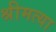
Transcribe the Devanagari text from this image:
श्रीमत्या